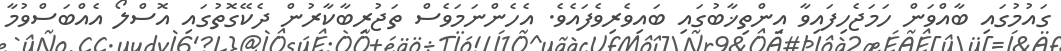
ގައުމުގައި ބާއްވަން ހަމަޖެހިފައިވާ އިންތިޚާބުގައި ބައިވެރިވެފައެވެ. އެހެންނަމަވެސް ތަޖުރިބާކާރުން ދެކޭގޮތުގައި އޮސްލޯ އެއްބަސްވުމާ